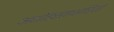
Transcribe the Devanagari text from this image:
अधोहस्ताक्षारियों